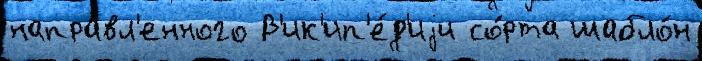
напра́вл'енного В'ик'ип'е́д'иjи со́рта шабло́н